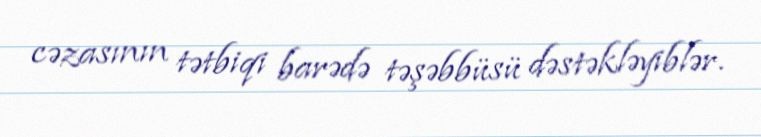
cəzasının tətbiqi barədə təşəbbüsü dəstəkləyiblər.